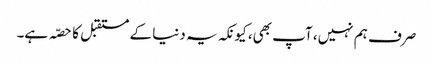
صرف ہم نہیں، آپ بھی، کیونکہ یہ دنیا کے مستقبل کا حصّہ ہے۔